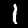
Digit: 1